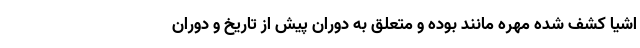
اشیا کشف شده مهره مانند بوده و متعلق به دوران پیش از تاریخ و دوران